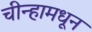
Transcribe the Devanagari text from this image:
चीन्हामधून